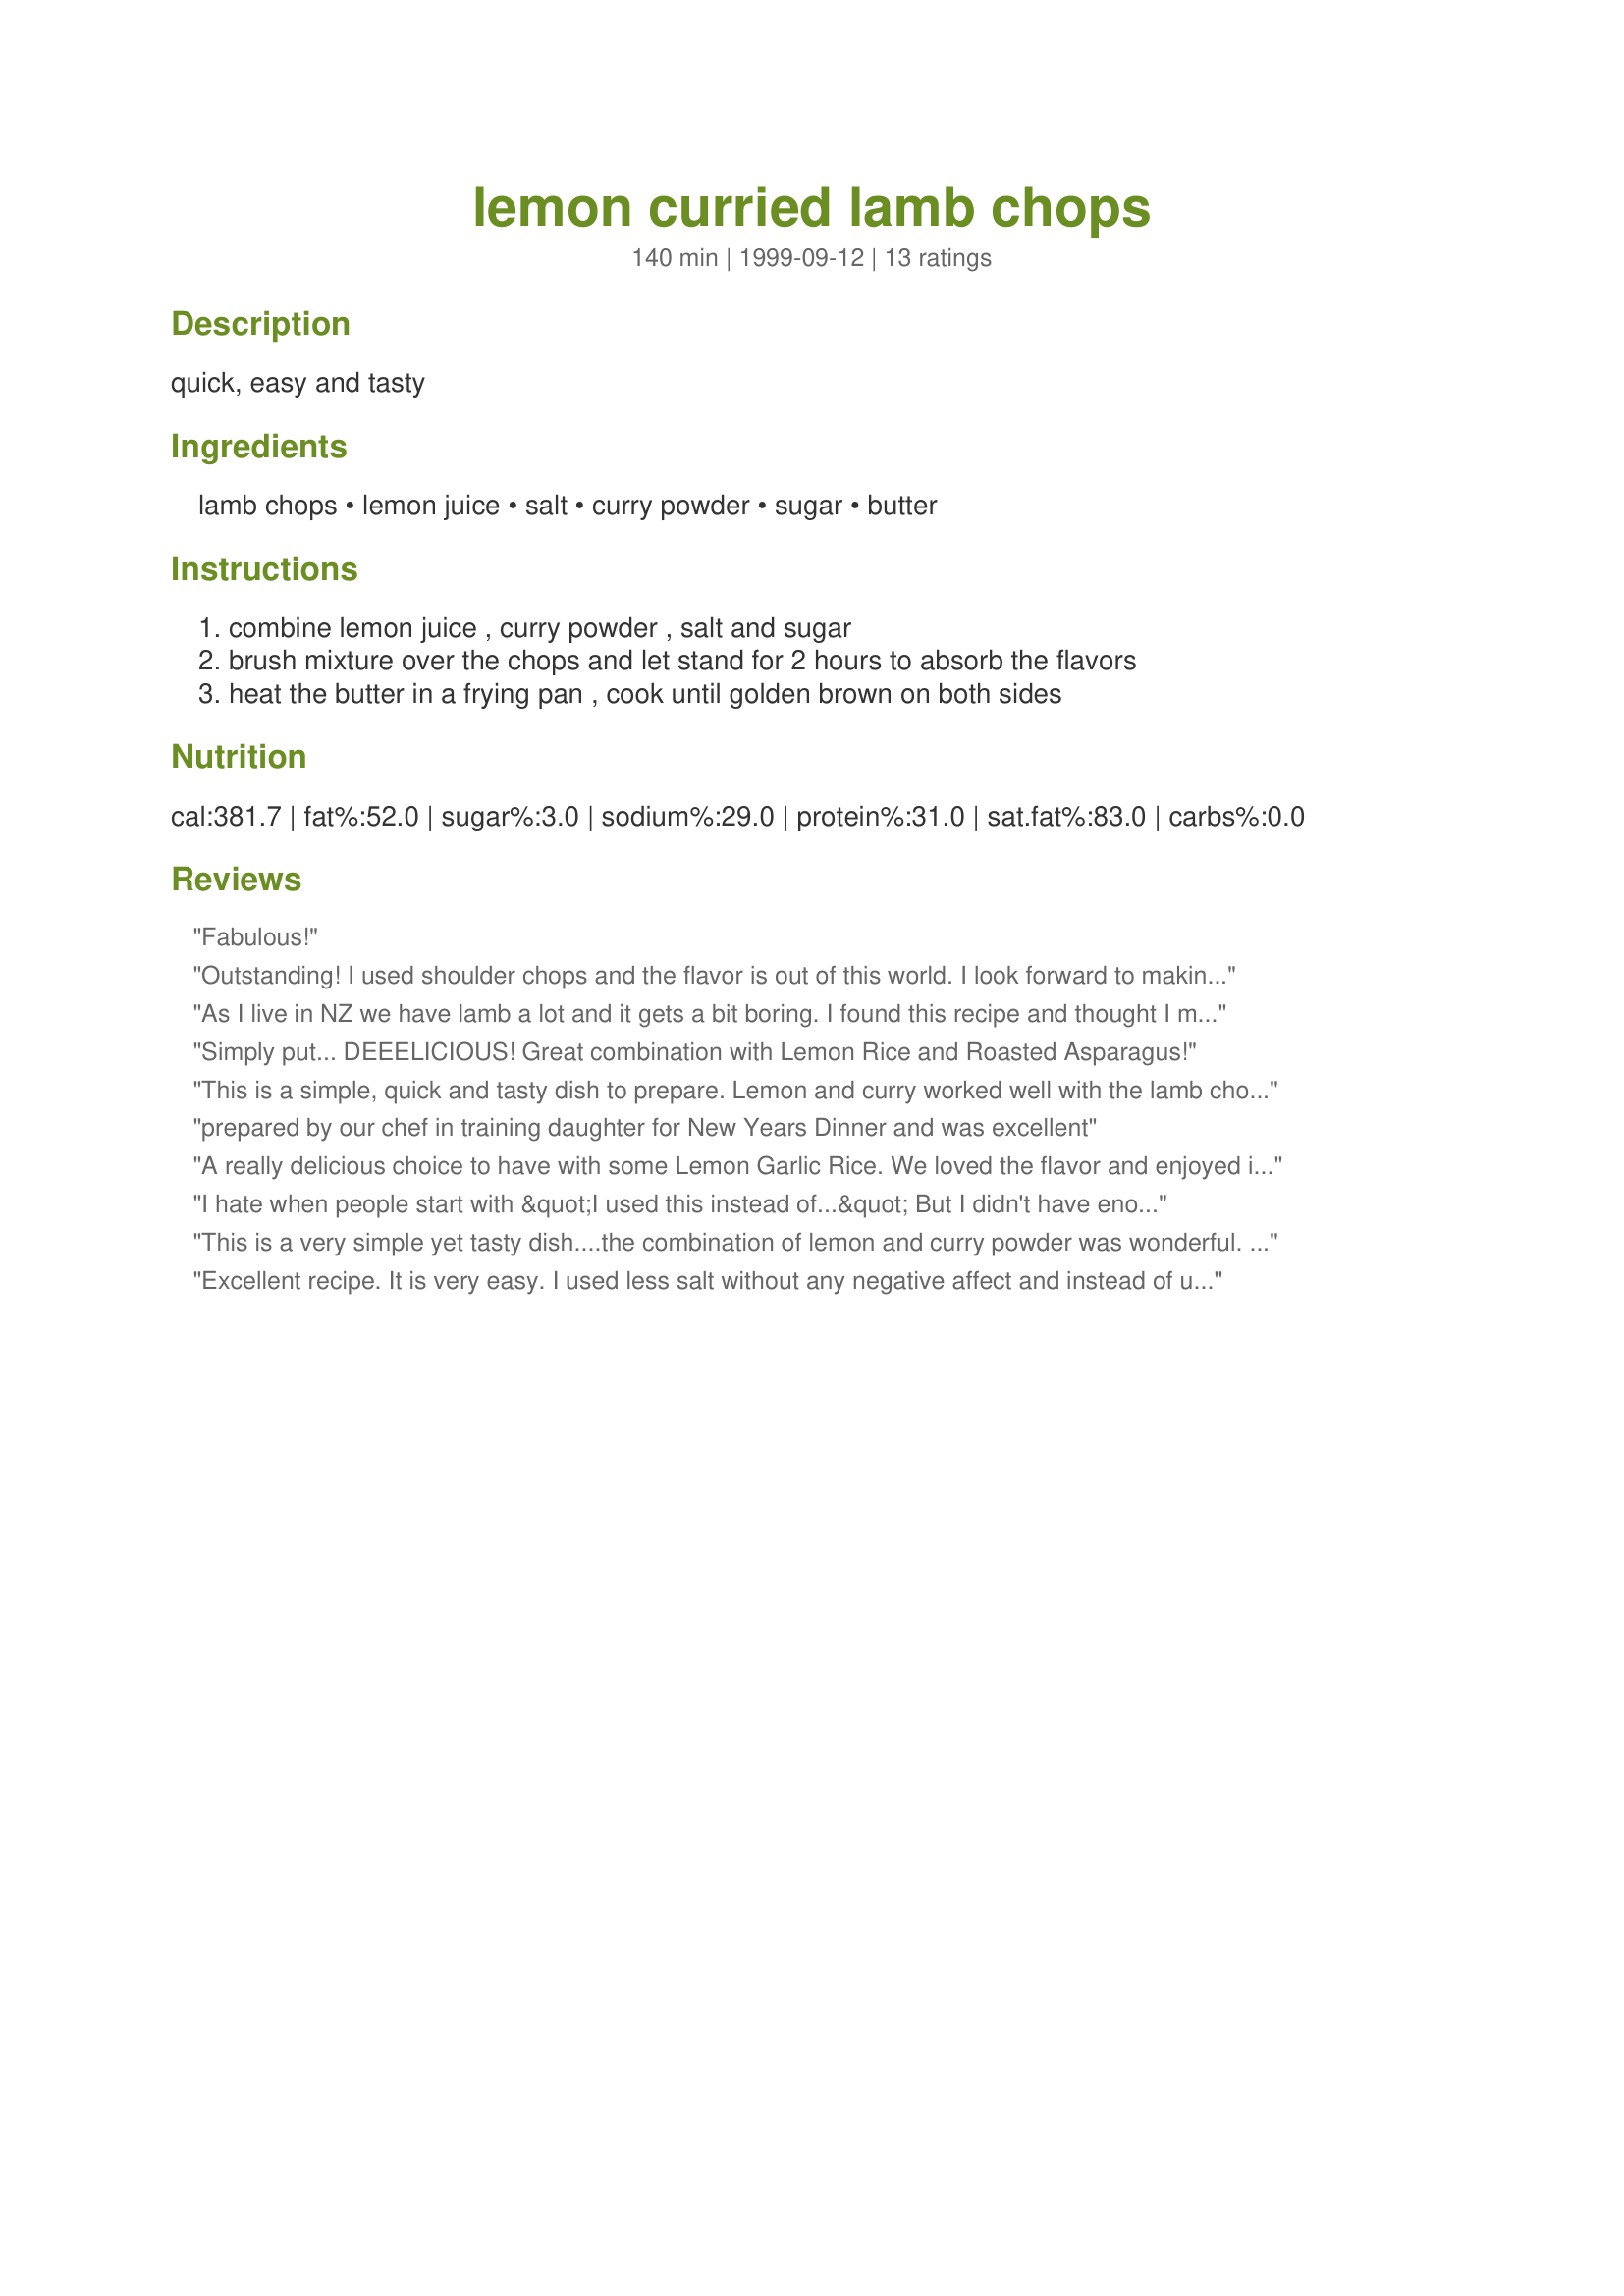
lemon curried lamb chops
Preparation time: 140 minutes

quick, easy and tasty

Ingredients:
lamb chops, lemon juice, salt, curry powder, sugar, butter

Steps:
combine lemon juice , curry powder , salt and sugar, brush mixture over the chops and let stand for 2 hours to absorb the flavors, heat the butter in a frying pan , cook until golden brown on both sides

Reviews:
Fabulous!
Outstanding! I used shoulder chops and the flavor is out of this world. I look forward to making these again...and may try with pork chops too.
As I live in NZ we have lamb a lot and it gets a bit boring. I found this recipe and thought I might try it. The taste was lovely, very easy to make. I did keep basting it over the two hours. I did not have any curry powder so used green thai curry paste. My husband who normally piles heaps of mint sauce on the lamb did not use it on this recipe once he had tasted it. Very easy and yum.
Simply put... DEEELICIOUS! Great combination with Lemon Rice and Roasted Asparagus!
This is a simple, quick and tasty dish to prepare. Lemon and curry worked well with the lamb chops. May even try to substitute the lemon with lime as this becomes a regular favourite.
prepared by our chef in training daughter for New Years Dinner and was excellent
A really delicious choice to have with some Lemon Garlic Rice. We loved the flavor and enjoyed it very much!
I hate when people start with &quot;I used this instead of...&quot; But I didn't have enough lemon juice. The lamb chops were small, and I had about 2/3 the amount of lemon required. I just used 2/3 the other ingredients too. I also had some preserved lemons. I took 1/4 of a preserved lemon and squeezed it into the marinade. I also added about 2T of nice olive oil and marinated all day. (I used Madras Curry powder) I also seasoned with black pepper before frying I used olive oil and butter to fry the chops. I served with lemon rice and asparagus with lemon zest, oil oil, garlic, and kosher salt roasted in the oven at 400 degrees about 7 minutes. Amazing flavor! Thank you!
This is a very simple yet tasty dish....the combination of lemon and curry powder was wonderful. This one is definitely a keeper.
Excellent recipe. It is very easy. I used less salt without any negative affect and instead of using butter and sauteing the lamb we used butter spray and used our stovetop grill pan. My brilliant husband (he wanted me to make sure and put that part) put pieces of pineapple on the grill as well and it took up some of the flavors of the meat. All were delicious. Thanks for the recipe! We'll use it again - for company!
simple yet delicious. I used pork chop since there were no lamb chops.
I served these chops with fruit chutney and they were gone in seconds with everyone demanding more! This will be a regular menu item in our home. Thanks, Doreen, for an excellent recipe.
Excellent recipe - very easy to prepare as well. Instead of pan frying after marinading I made a foil tent for the lamb and poured the marinade over the lamb then baked in a 350 oven for about 1 1/2 hours - excellent flavor. Poured the sauce over the lamb and the lemon rice side I prepared. Will be using this recipe as a regular for our lamb chops. Thanks for posting.
